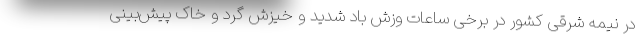
در نیمه شرقی کشور در برخی ساعات وزش باد شدید و خیزش گرد و خاک پیش‌بینی